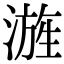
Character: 𣻓